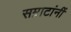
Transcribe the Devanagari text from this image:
सम्राटांनीं